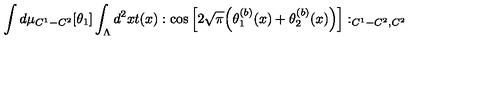
\int d \mu _ { C ^ { 1 } - C ^ { 2 } } [ \theta _ { 1 } ] \int _ { \Lambda } d ^ { 2 } x t ( x ) : \cos \Big [ 2 \sqrt { \pi } \Big ( \theta _ { 1 } ^ { ( b ) } ( x ) + \theta _ { 2 } ^ { ( b ) } ( x ) \Big ) \Big ] : _ { C ^ { 1 } - C ^ { 2 } , C ^ { 2 } }